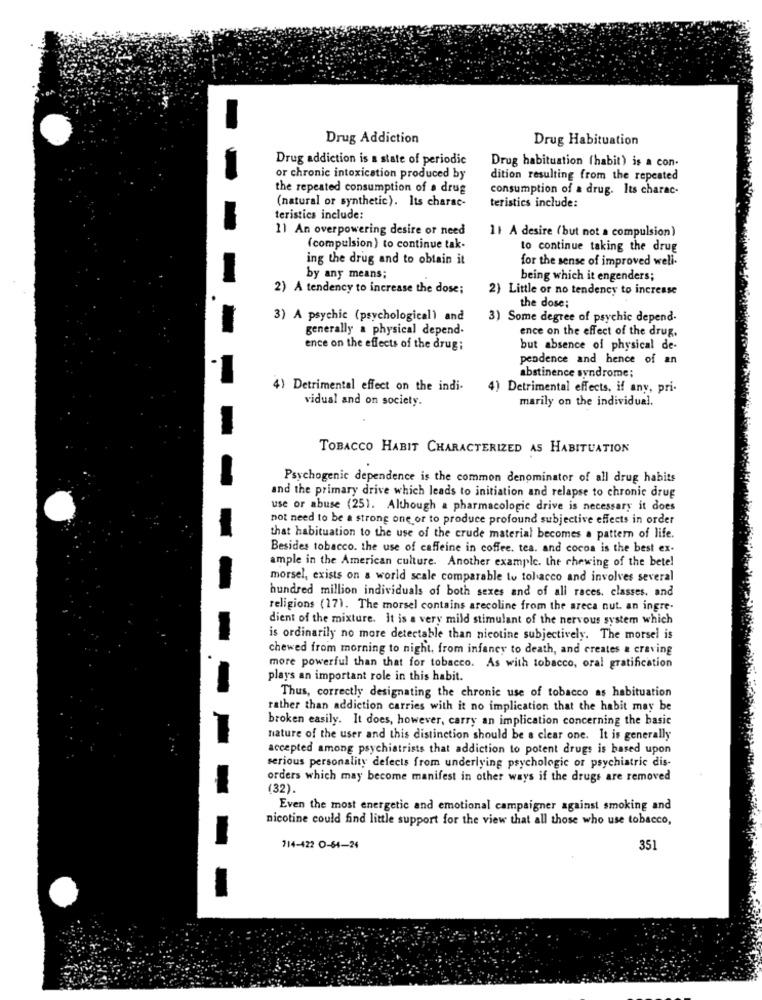
Drug Addiction
Drug Habituation
Drug addiction is a state of periodic
Drug habituation (habit) is a con.
or chronic intoxication produced by
dition resulting from the repeated
the repeated consumption of a drug
consumption of a drug. Its charac-
(natural or synthetic). Its charac-
teristics include:
teristics include:
11 An overpowering desire or need
11 A desire (but not a compulsion)
(compulsion ) to continue tak-
to continue taking the drug
ing the drug and to obtain it
for the sense of improved well-
by any means;
being which it engenders;
2) A tendency to increase the dose;
2) Little or no tendency to increase
the dose;
3) A psychic (psychological) and
3) Some degree of psychic depend-
generally a physical depend-
ence on the effect of the drug.
ence on the effects of the drug ;
but absence of physical de-
pendence and hence of an
abstinence syndrome;
4) Detrimental effect on the indi-
4) Detrimental effects, if any, pri-
vidual and on society.
marily on the individual.
TOBACCO HABIT CHARACTERIZED AS HABITUATION
Psychogenic dependence is the common denominator of all drug habits
and the primary drive which leads to initiation and relapse to chronic drug
use or abuse (25). Although a pharmacologic drive is necessary it does
not need to be a strong one or to produce profound subjective effects in order
that habituation to the use of the crude material becomes a pattern of life.
Besides tobacco. the use of caffeine in coffee, tea. and cocoa is the best ex-
ample in the American culture. Another example. the chewing of the betel
morsel, exists on a world scale comparable to tobacco and involves several
hundred million individuals of both sexes and of all races. classes. and
religions (17). The morsel contains arecoline from the areca nut. an ingre-
dient of the mixture. It is a very mild stimulant of the nervous system which
is ordinarily no more detectable than nicotine subjectively. The morsel is
chewed from morning to night, from infancy to death, and creates a craving
more powerful than that for tobacco. As with tobacco, oral gratification
plays an important role in this habit.
Thus, correctly designating the chronic use of tobacco as habituation
rather than addiction carries with it no implication that the habit may be
broken easily. It does, however, carry an implication concerning the basic
nature of the user and this distinction should be a clear one. It is generally
accepted among psychiatrists that addiction to potent drugs is based upon
serious personality defects from underlying psychologic or psychiatric dis-
orders which may become manifest in other ways if the drugs are removed
(32).
Even the most energetic and emotional campaigner against smoking and
nicotine could find little support for the view that all those who use tobacco,
714-422 O-64-24
351